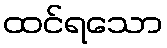
ထင်ရသော